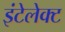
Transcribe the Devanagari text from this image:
इंटेलेक्ट